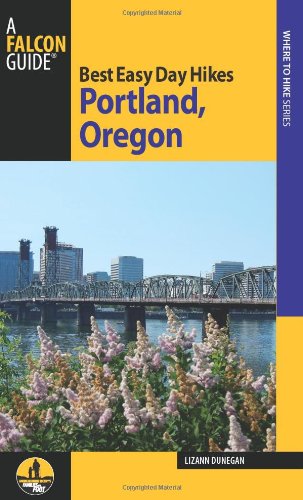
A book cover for Best Easy Day Hikes Portland, Oregon (Best Easy Day Hikes Series); Lizann Dunegan; Travel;